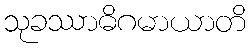
သုခဿာဓိဂမာယာတိ